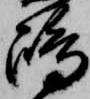
嶋